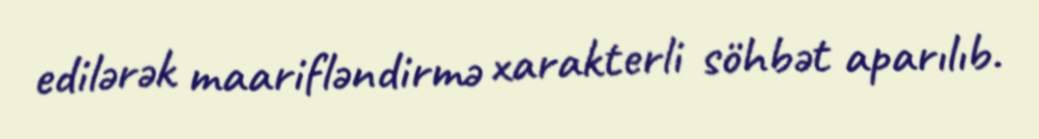
edilərək maarifləndirmə xarakterli söhbət aparılıb.